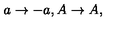
a \rightarrow - a , A \rightarrow A ,